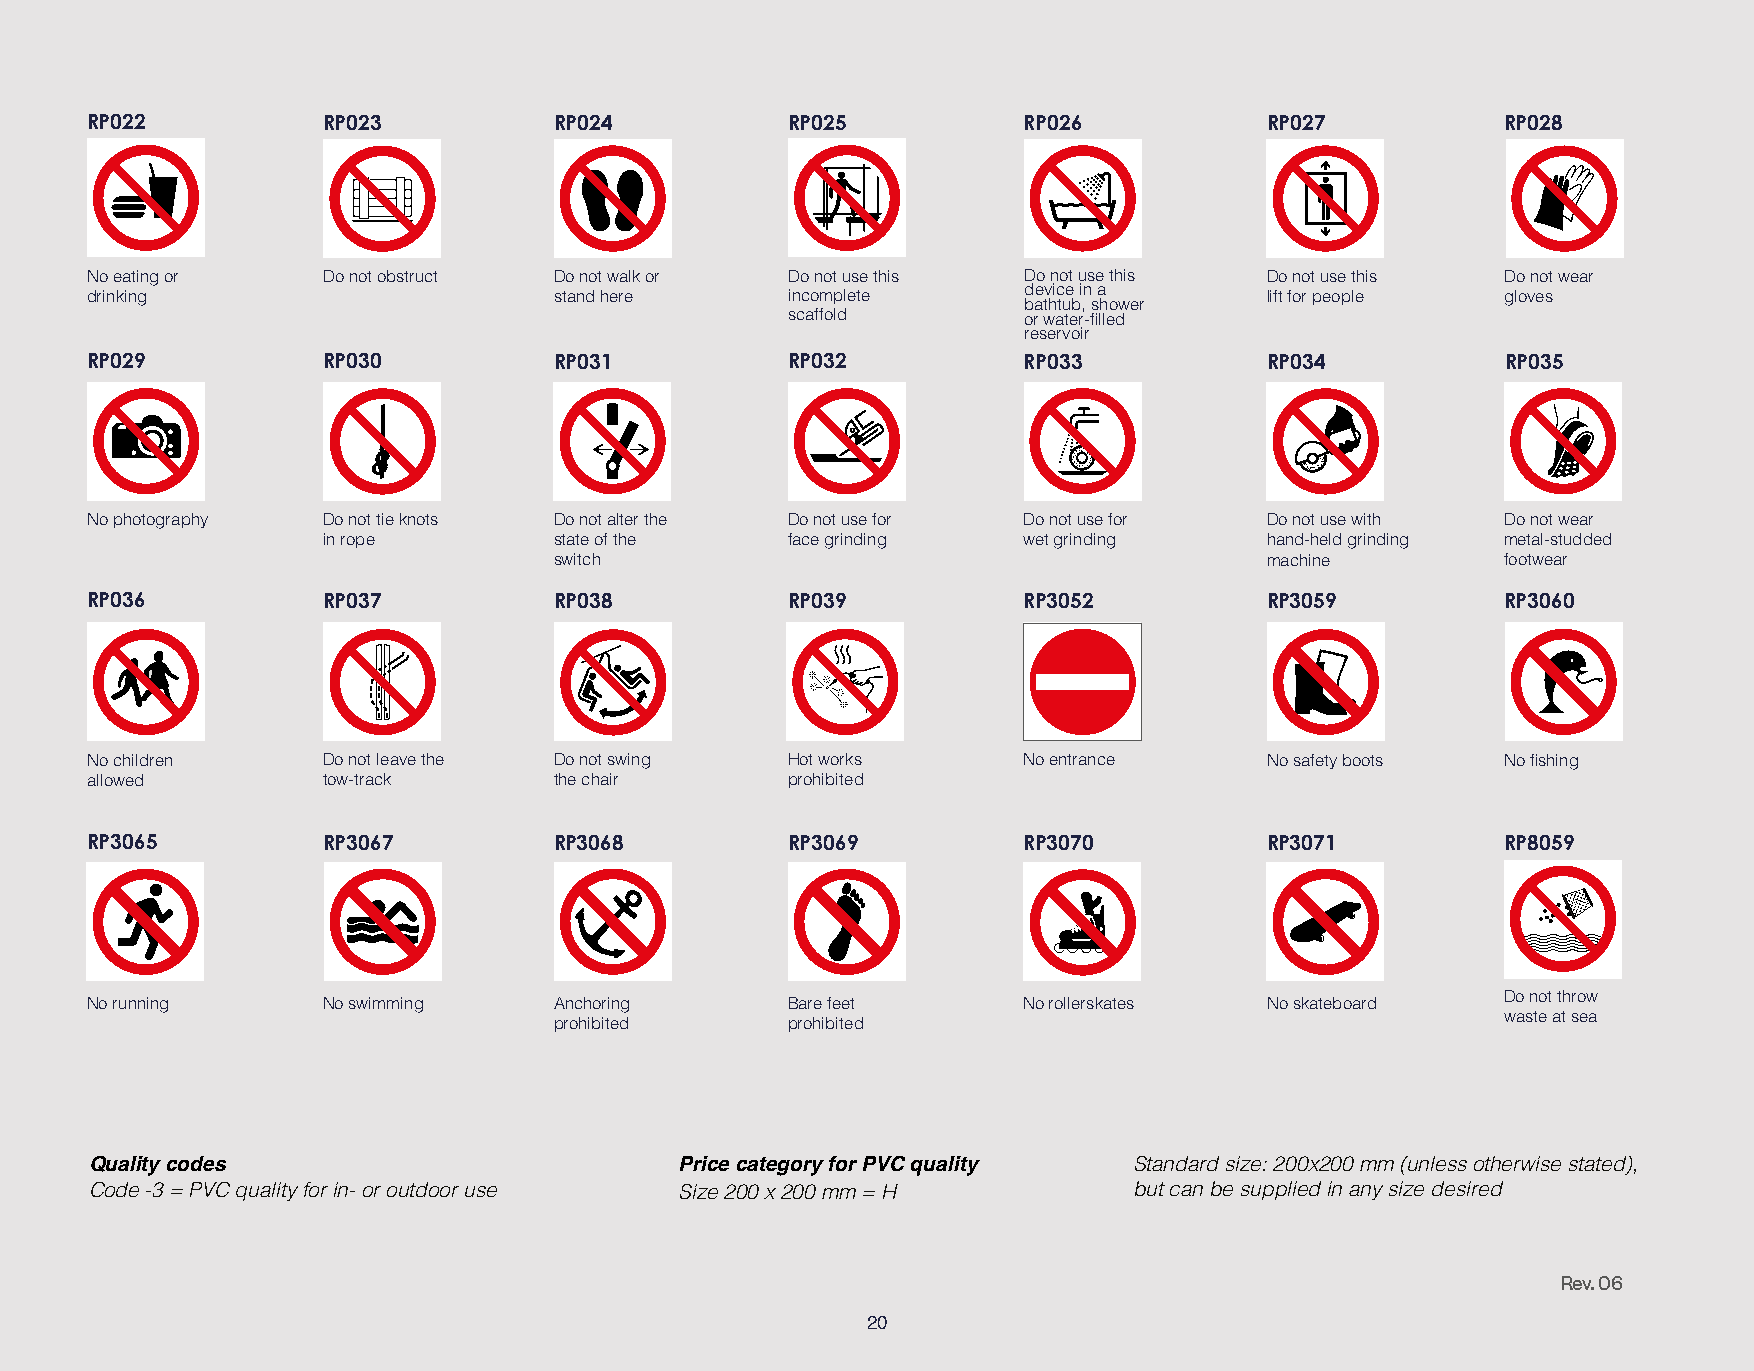
RP022          RP023           RP024          RP025           RP026           RP027           RP028
 No eating or   Do not obstruct Do not walk or Do not use this Do not use this Do not use this Do not wear
 drinking                       stand here     incomplete      device in a     lift for people gloves
 bathtub, shower
 scaffold        or water-filled
 reservoir
 RP029          RP030           RP031          RP032           RP033           RP034           RP035
 No photography Do not tie knots Do not alter the Do not use for Do not use for Do not use with Do not wear
 in rope         state of the   face grinding   wet grinding    hand-held grinding metal-studded
 switch                                         machine         footwear
 RP036          RP037           RP038          RP039           RP3052          RP3059          RP3060
 No children    Do not leave the Do not swing  Hot works       No entrance     No safety boots No fishing
 allowed        tow-track       the chair      prohibited
 RP3065         RP3067          RP3068         RP3069          RP3070          RP3071          RP8059
 Do not throw
 No running     No swimming     Anchoring      Bare feet       No rollerskates No skateboard
 waste at sea
 prohibited     prohibited
 Quality codes                          Price category for PVC quality Standard size: 200x200 mm (unless otherwise stated),
 Code -3 = PVC quality for in- or outdoor use S i z e 200 x 200 mm = H but can be supplied in any size desired
 Rev. 06
 20